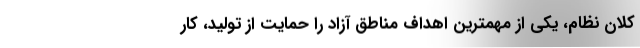
کلان نظام، یکی از مهمترین اهداف مناطق آزاد را حمایت از تولید، کار